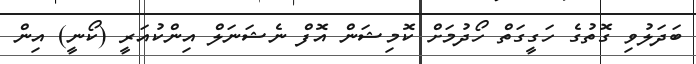
ބަދަލުވި ގޮތުގެ ހަގީގަތް ހޯދުމަށް ކޮމިޝަން އޮފް ނެޝަނަލް އިންކުއަރީ (ކޯނީ) އިން